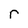
Character: r